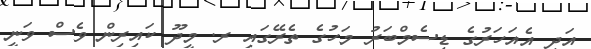
އަދި އެއަހަރުގެ ޑިސެމްބަރު މަހުގެ ތެރޭގައި ރ. މީދޫ ކައިރިން ވެސް ވަނީ